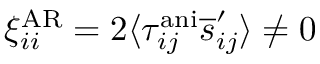
\xi _ { i i } ^ { \mathrm { A R } } = 2 \langle \tau _ { i j } ^ { \mathrm { a n i } } \overline { { s } } _ { i j } ^ { \prime } \rangle \neq 0